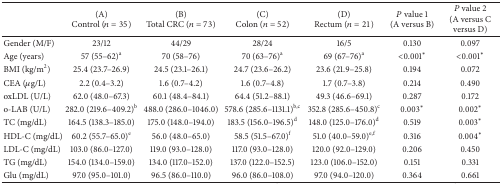
<table><thead><tr><td><b> </b></td><td><b>(A) Control (<i>n</i> = 35)</b></td><td><b>(B) Total CRC (<i>n</i> = 73)</b></td><td><b>(C) Colon (<i>n</i> = 52)</b></td><td><b>(D) Rectum (<i>n</i> = 21)</b></td><td><b><i>P</i> value 1(A versus B)</b></td><td><b><i>P</i> value 2 (A versus C versus D)</b></td></tr></thead><tbody><tr><td>Gender (M/F)</td><td>23/12</td><td>44/29</td><td>28/24</td><td>16/5</td><td>0.130</td><td>0.097</td></tr><tr><td>Age (years)</td><td>57 (55–62)<sup>a</sup></td><td>70 (58–76)</td><td>70 (63–76)<sup>a</sup></td><td>69 (67–76)<sup>a</sup></td><td>&lt;0.001<sup>*</sup></td><td>&lt;0.001<sup>*</sup></td></tr><tr><td>BMI (kg/m<sup>2</sup>)</td><td>25.4 (23.7–26.9)</td><td>24.5 (23.1–26.1)</td><td>24.7 (23.6–26.2)</td><td>23.6 (21.9–25.8)</td><td>0.194</td><td>0.072</td></tr><tr><td>CEA (<i>μ</i>g/L)</td><td>2.2 (0.4–3.2)</td><td>1.6 (0.7–4.2)</td><td>1.6 (0.7–4.8)</td><td>1.7 (0.7–3.8)</td><td>0.214</td><td>0.490</td></tr><tr><td>oxLDL (U/L)</td><td>62.0 (48.0–67.3)</td><td>60.1 (48.4–84.1)</td><td>64.4 (51.2–88.1)</td><td>49.3 (46.6–69.1)</td><td>0.287</td><td>0.172</td></tr><tr><td>o-LAB (U/L)</td><td>282.0 (219.6–409.2)<sup>b</sup></td><td>488.0 (286.0–1046.0)</td><td>578.6 (285.6–1131.1)<sup>b,c</sup></td><td>352.8 (285.6–450.8)<sup>c</sup></td><td>0.003<sup>*</sup></td><td>0.002<sup>*</sup></td></tr><tr><td>TC (mg/dL)</td><td>164.5 (138.3–185.0)</td><td>175.0 (148.0–194.0)</td><td>183.5 (156.0–196.5)<sup>d</sup></td><td>148.0 (125.0–176.0)<sup>d</sup></td><td>0.519</td><td>0.003<sup>*</sup></td></tr><tr><td>HDL-C (mg/dL)</td><td>60.2 (55.7–65.0)<sup>e</sup></td><td>56.0 (48.0–65.0)</td><td>58.5 (51.5–67.0)<sup>f</sup></td><td>51.0 (40.0–59.0)<sup>e,f</sup></td><td>0.316</td><td>0.004<sup>*</sup></td></tr><tr><td>LDL-C (mg/dL)</td><td>103.0 (86.0–127.0)</td><td>119.0 (93.0–128.0)</td><td>117.0 (93.0–128.0)</td><td>120.0 (92.0–129.0)</td><td>0.206</td><td>0.450</td></tr><tr><td>TG (mg/dL)</td><td>154.0 (134.0–159.0)</td><td>134.0 (117.0–152.0)</td><td>137.0 (122.0–152.5)</td><td>123.0 (106.0–152.0)</td><td>0.151</td><td>0.331</td></tr><tr><td>Glu (mg/dL)</td><td>97.0 (95.0–101.0)</td><td>96.5 (86.0–110.0)</td><td>96.0 (86.0–108.0)</td><td>97.0 (94.0–120.0)</td><td>0.364</td><td>0.661</td></tr></tbody></table>